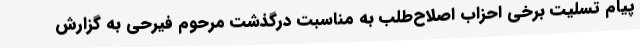
پیام تسلیت برخی احزاب اصلاح‌طلب به مناسبت درگذشت مرحوم فیرحی به گزارش